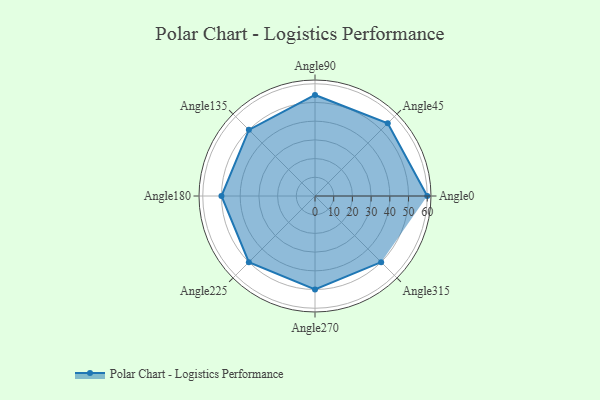
{"axis": {"x": "Angle", "y": "Radius"}, "legend": [""], "data": [{"x": "Angle0", "y": 60.0, "type": ""}, {"x": "Angle45", "y": 55.0, "type": ""}, {"x": "Angle90", "y": 54.0, "type": ""}, {"x": "Angle135", "y": 50, "type": ""}, {"x": "Angle180", "y": 50, "type": ""}, {"x": "Angle225", "y": 50, "type": ""}, {"x": "Angle270", "y": 50, "type": ""}, {"x": "Angle315", "y": 50, "type": ""}]}